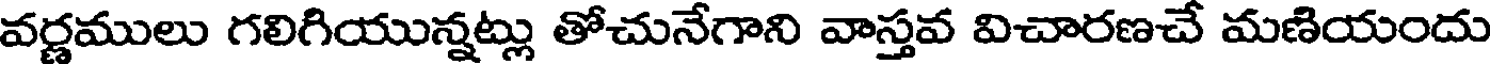
వర్ణములు గలిగియున్నట్లు తోచునేగాని వాస్తవ విచారణచే మణియందు